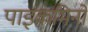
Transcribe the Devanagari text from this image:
पाइकमिनो